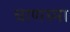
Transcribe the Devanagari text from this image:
चाणस्मा